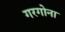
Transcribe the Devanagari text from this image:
गरगोना